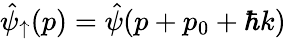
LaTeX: \hat{\psi}_{\uparrow}(p)=\hat{\psi}(p+p_{0}+\hbar k)